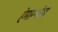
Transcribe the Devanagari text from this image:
हेमाम्भोज